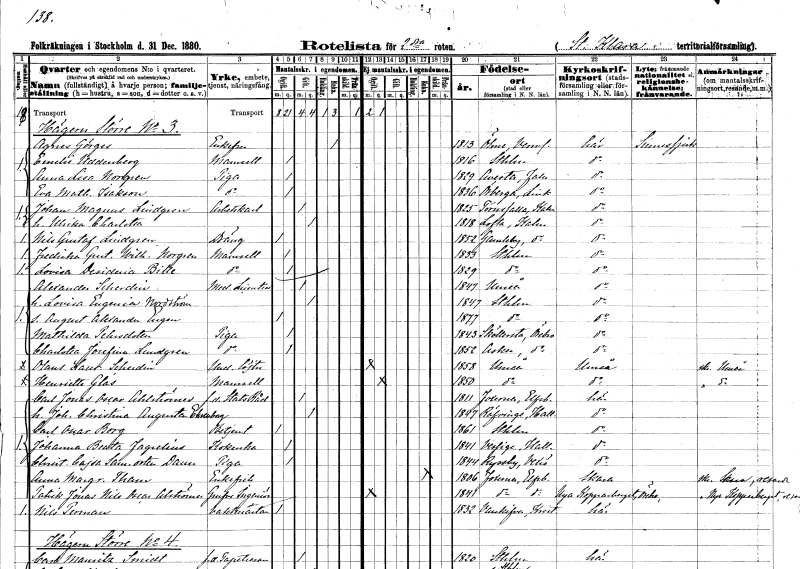
gt_parse: households: individuals: FN: Agnes
EN: Görges
KON: K
CIV: E
FODAR: 1813
FODFORS: Ölme Värmlands län
FN: Emelie
EN: Uddenberg
KON: K
CIV: O
FODAR: 1816
FODFORS: Stockholm
FN: Anna Lisa
EN: Norgren
YRKE: Piga
KON: K
CIV: O
FODAR: 1829
FODFORS: Avesta Kopparbergs län
FN: Eva Mathilda
EN: Isakson
YRKE: Piga
KON: K
CIV: O
FODAR: 1836
FODFORS: Örberga Östergötlands län
FN: Johan Magnus
EN: Lindgren
YRKE: Arbetskarl
KON: M
CIV: G
FODAR: 1825
FODFORS: Törnsfall Kalmar län
FN: Ulrika Charlotta
KON: K
CIV: G
FODAR: 1818
FODFORS: Lofta Kalmar län
FN: Nils Gustaf
EN: Lindgren
YRKE: Dräng
KON: M
CIV: O
FODAR: 1852
FODFORS: Gamleby Kalmar län
FN: Fredrika Gustafva Wilhelmina
EN: Norgren
KON: K
CIV: O
FODAR: 1833
FODFORS: Stockholm
FN: Lovisa Desideria
EN: Bille
KON: K
CIV: O
FODAR: 1829
FODFORS: Stockholm
FN: Alexander
EN: Scherdin
YRKE: Medicine licenciat
KON: M
CIV: G
FODAR: 1847
FODFORS: Umeå Västerbottens län
FN: Lovisa Eugenia
EN: Nordström
KON: K
CIV: G
FODAR: 1847
FODFORS: Stockholm
FN: August Alexander Eugen
KON: M
CIV: O
FODAR: 1877
FODFORS: Stockholm
FN: Mathilda
EN: Pehrsdotter
YRKE: Piga
KON: K
CIV: O
FODAR: 1843
FODFORS: Sköllersta Örebro län
FN: Charlotta Josefina
EN: Lundgren
YRKE: Piga
KON: K
CIV: O
FODAR: 1852
FODFORS: Asker Örebro län
FN: Olaus Laurentius
EN: Scherdin
YRKE: Underlöjtnant
KON: M
CIV: O
FODAR: 1858
FODFORS: Umeå Västerbottens län
FN: Henrietta
EN: Glas
KON: K
CIV: O
FODAR: 1850
FODFORS: Umeå Västerbottens län
FN: Carl Jonas Oscar
EN: Ahlströmer
YRKE: Statsråd f.d.
KON: M
CIV: G
FODAR: 1811
FODFORS: Fuxerna Älvsborgs län
FN: Johanna Christina Augusta
EN: Ekenborg
KON: K
CIV: G
FODAR: 1847
FODFORS: Rävinge Hallands län
FN: Carl Oscar
EN: Borg
YRKE: Betjänt
KON: M
CIV: O
FODAR: 1861
FODFORS: Stockholm
FN: Johanna Beata
EN: Fagrelius
YRKE: Kokerska
KON: K
CIV: O
FODAR: 1841
FODFORS: Vessige Hallands län
FN: Christina Cajsa
EN: Samuelsdotter Daun
YRKE: Piga
KON: K
CIV: O
FODAR: 1844
FODFORS: Ryssby Kronobergs län
FN: Anna Margareta
EN: Tham
KON: K
CIV: E
FODAR: 1806
FODFORS: Fuxerna Älvsborgs län
FN: Patrik Jonas Nils Oscar
EN: Alströmer
YRKE: Ingenjör
KON: M
CIV: O
FODAR: 1841
FODFORS: Fuxerna Älvsborgs län
FN: Nils
EN: Perman
YRKE: Vaktmästare
KON: M
CIV: O
FODAR: 1832
FODFORS: Vankiva Kristianstads län